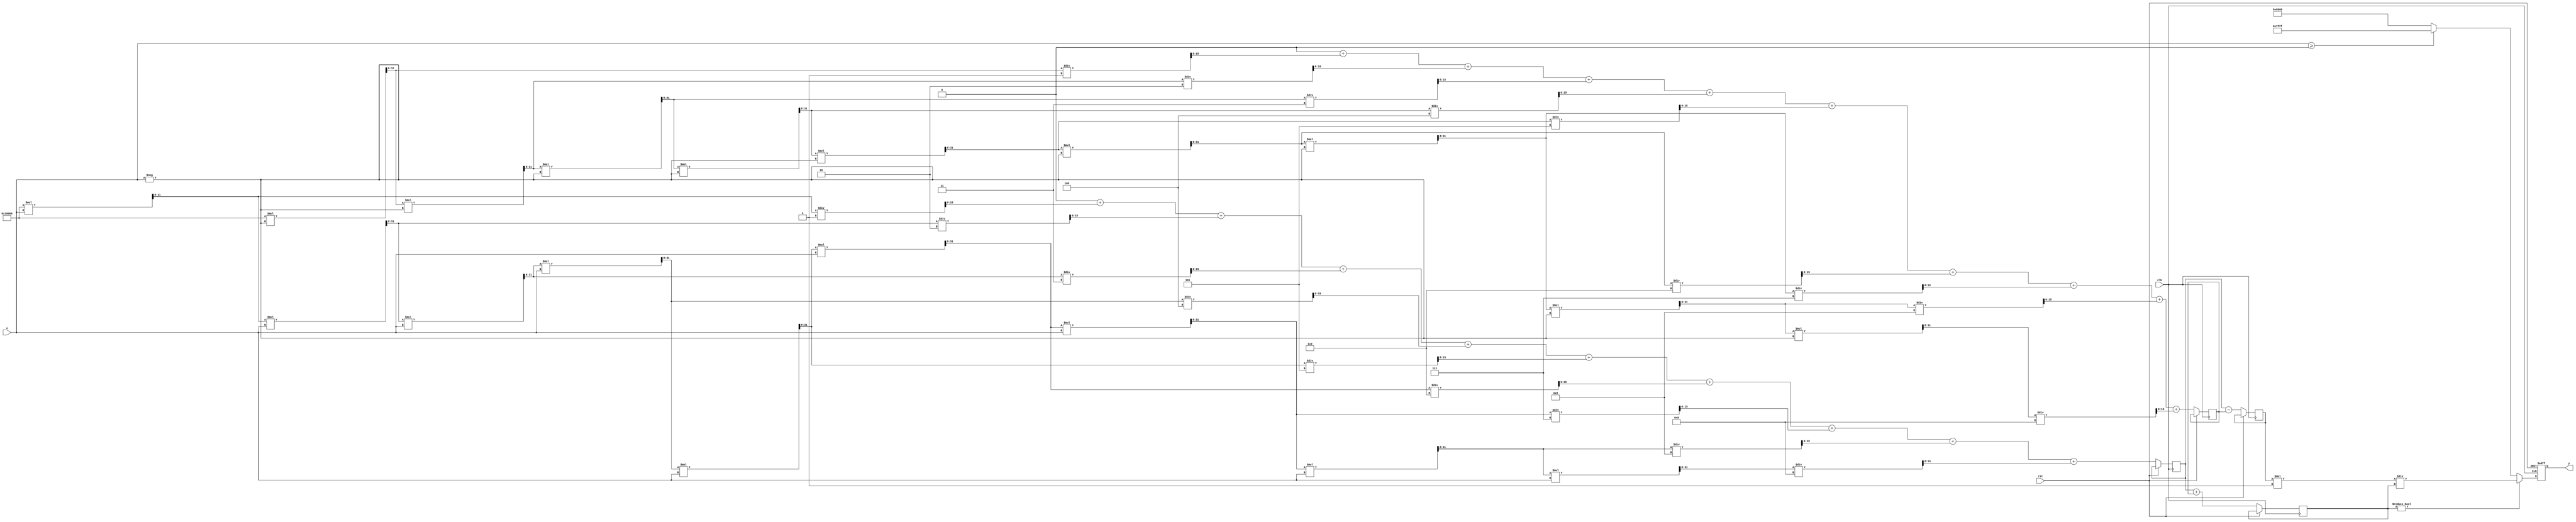
module tanh (
    input  wire [15:0] x,    // Input value (fixed-point representation)
    output reg  [15:0] y,     // Output value (tanh(x) in fixed-point representation)
    input  wire clk,
    input  wire rst
);

    // Constants for fixed-point representation
    parameter FIXED_POINT_FRACTIONAL_BITS = 8;
    parameter MAX_INPUT = 16'h7FFF; // Max positive input
    parameter MIN_INPUT = 16'h8000; // Max negative input

    // Intermediate signals
    reg [15:0] exp_x;   // e^x
    reg [15:0] exp_neg_x; // e^-x
    reg [15:0] numerator; // e^x - e^-x
    reg [15:0] denominator; // e^x + e^-x

    // Exponential approximation using a simple Taylor series
    function [15:0] exp_approx(input [15:0] value);
        reg [31:0] result;
        reg [31:0] term;
        integer i;
        begin
            result = 32'h00010000; // e^0 = 1 in fixed point
            term = 32'h00010000; // First term is x^0 / 0!
            for (i = 1; i < 10; i = i + 1) begin
                term = (term * value) >> FIXED_POINT_FRACTIONAL_BITS; // value^i / i!
                result = result + term / i; // Add the term to result
            end
            exp_approx = result[15:0]; // Return lower 16 bits
        end
    endfunction

    always @(posedge clk or posedge rst) begin
        if (rst) begin
            y <= 16'h0000; // Reset output
        end else begin
            // Calculate e^x and e^-x
            exp_x <= exp_approx(x);
            exp_neg_x <= exp_approx(-x);

            // Calculate numerator and denominator
            numerator <= exp_x - exp_neg_x;
            denominator <= exp_x + exp_neg_x;

            // Avoid division by zero
            if (denominator != 0) begin
                y <= (numerator * 16'h0001) / denominator; // Scale to fixed-point
            end else begin
                y <= (x >= 0) ? 16'h7FFF : 16'h8000; // Assign max/min value
            end
        end
    end
endmodule